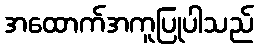
အထောက်အကူပြုပါသည်